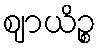
ဈာယိဉ္စ